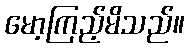
မော့ကြည့်မိသည်။